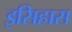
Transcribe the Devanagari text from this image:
इसिहास